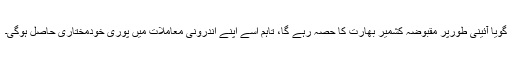
گویا آئینی طورپر مقبوضہ کشمیر بھارت کا حصہ رہے گا، تاہم اسے اپنے اندرونی معاملات میں پوری خودمختاری حاصل ہوگی۔